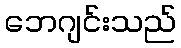
ဘေဂျင်းသည်